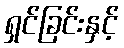
ရှင်ခြင်းနှင့်